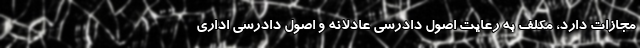
مجازات دارد، مکلف به رعایت اصول دادرسی عادلانه و اصول دادرسی اداری